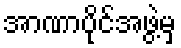
အာဏာပိုင်အဖွဲ့မှ